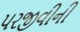
પરજીવીની